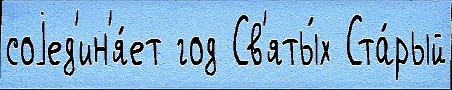
соjед'ин'я́ет год Св'яты́х Ста́рый